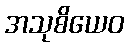
အသုစိယေဝ